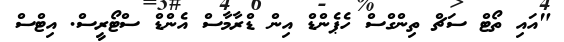
"އައި ތޯޓް ސަޗް ތިންގްސް ހެޕެންޑް އިން ޑްރާމާސް އެންޑް ސްޓޯރީސް. އިޓްސް